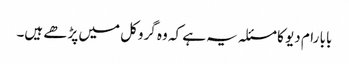
بابا رام دیو کا مسئلہ یہ ہے کہ وہ گروکل میں پڑھے ہیں۔